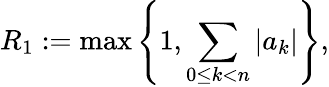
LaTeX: R_{1}:=\operatorname*{max}\left\{ 1,\sum_{0\leq k<n}|a_{k}|\right\} ,